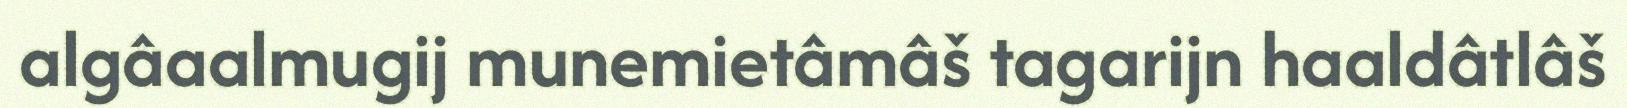
algâaalmugij munemietâmâš tagarijn haaldâtlâš